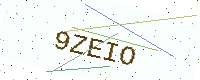
Text: 9ZEIO